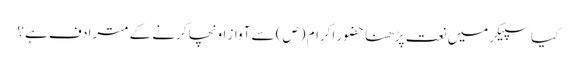
کیا سپیکر میں نعت پڑھنا حضور اکرام (ص) سے آواز اونچا کرنے کے مترادف ہے؟